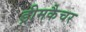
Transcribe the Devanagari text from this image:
ड्रीमकैचर